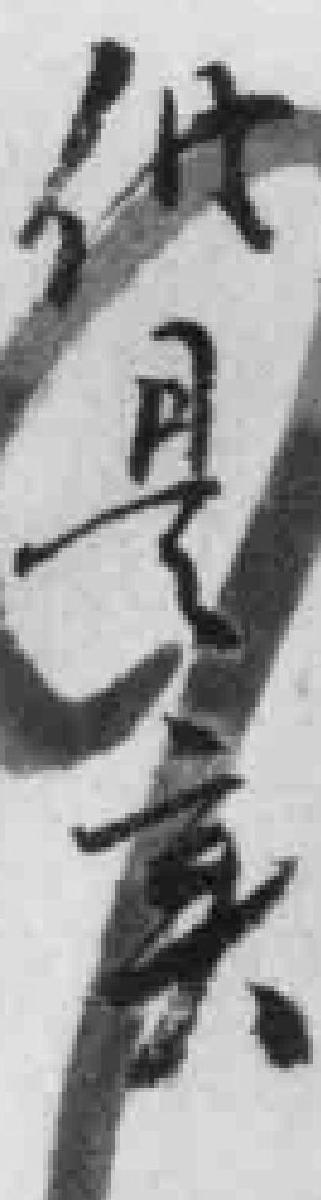
供是实